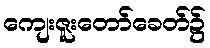
ကျေးဇူးတော်ခေတ်၌